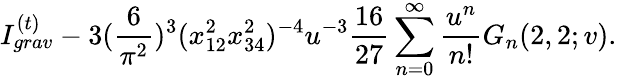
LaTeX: I_{grav}^{(t)}-3(\frac{6}{\pi^{2}})^{3}(x_{12}^{2}x_{34}^{2})^{-4}u^{-3}\frac{16}{27}\sum_{n=0}^{\infty}\frac{u^{n}}{n!}G_{n}(2,2;v).